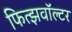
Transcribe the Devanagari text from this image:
फित्झवॉल्टर